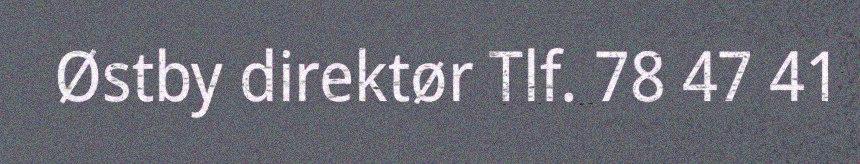
Østby direktør Tlf. 78 47 41